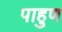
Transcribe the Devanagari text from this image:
पाहुण